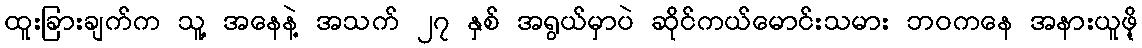
ထူးခြားချက်က သူ့ အနေနဲ့ အသက် ၂၇ နှစ် အရွယ်မှာပဲ ဆိုင်ကယ်မောင်းသမား ဘဝကနေ အနားယူဖိ့ု